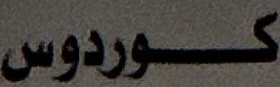
كوردوس